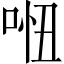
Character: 𠴐